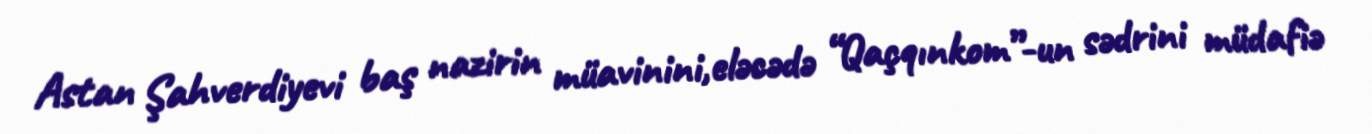
Astan Şahverdiyevi baş nazirin müavinini,eləcədə “Qaçqınkom”-un sədrini müdafiə